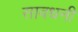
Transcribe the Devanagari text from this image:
सावधनी